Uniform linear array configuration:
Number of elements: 24
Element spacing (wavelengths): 0.25
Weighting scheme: hamming
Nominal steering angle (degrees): -45
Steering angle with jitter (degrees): -43.531
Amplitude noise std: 0.05
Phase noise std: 0.05

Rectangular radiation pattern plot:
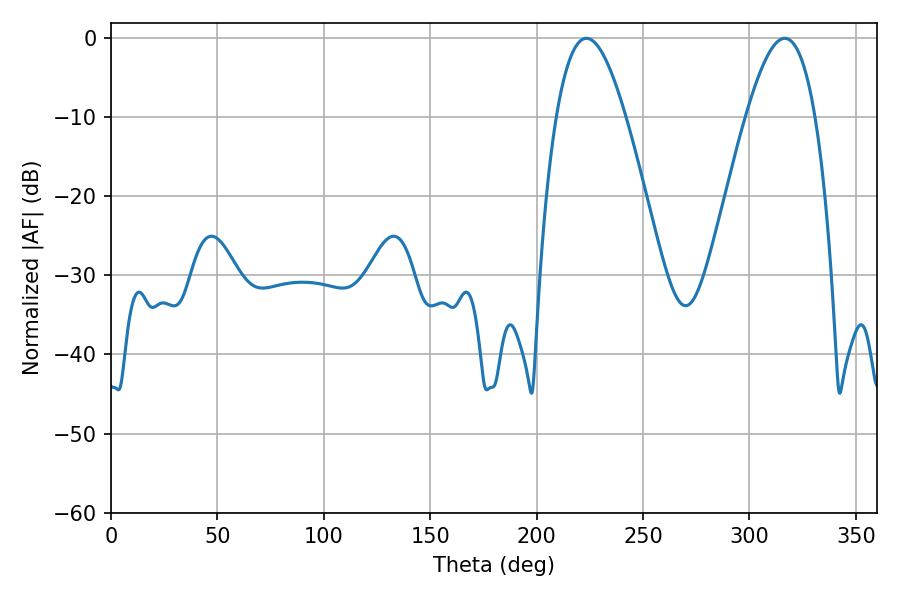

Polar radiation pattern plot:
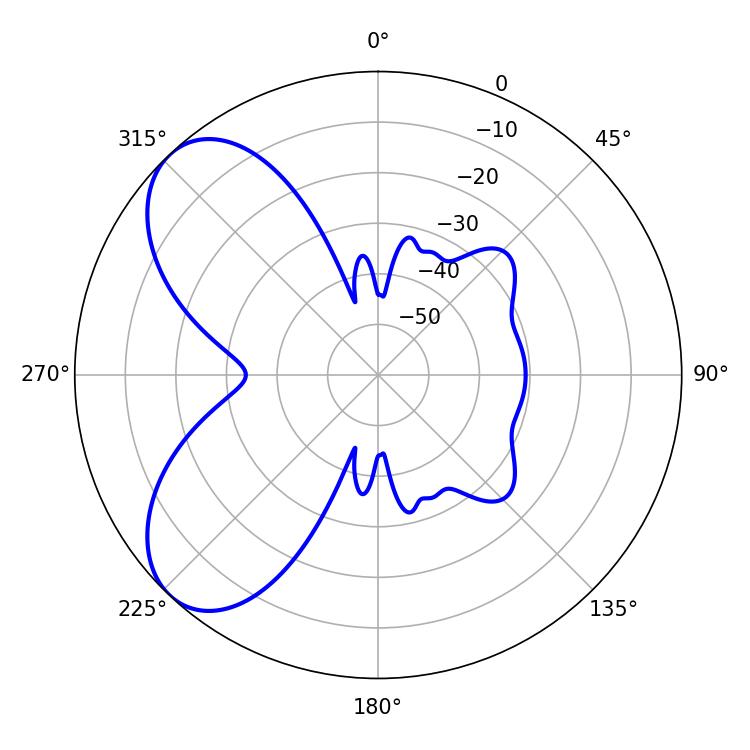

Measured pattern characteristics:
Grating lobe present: FALSE
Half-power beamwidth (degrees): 17.82
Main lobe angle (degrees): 223.38